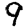
Digit: 9